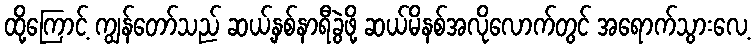
ထို့ကြောင့် ကျွန်တော်သည် ဆယ့်နှစ်နာရီခွဲဖို့ ဆယ်မိနစ်အလိုလောက်တွင် အရောက်သွားလေ့